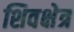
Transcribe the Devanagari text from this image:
शिवक्षेत्र